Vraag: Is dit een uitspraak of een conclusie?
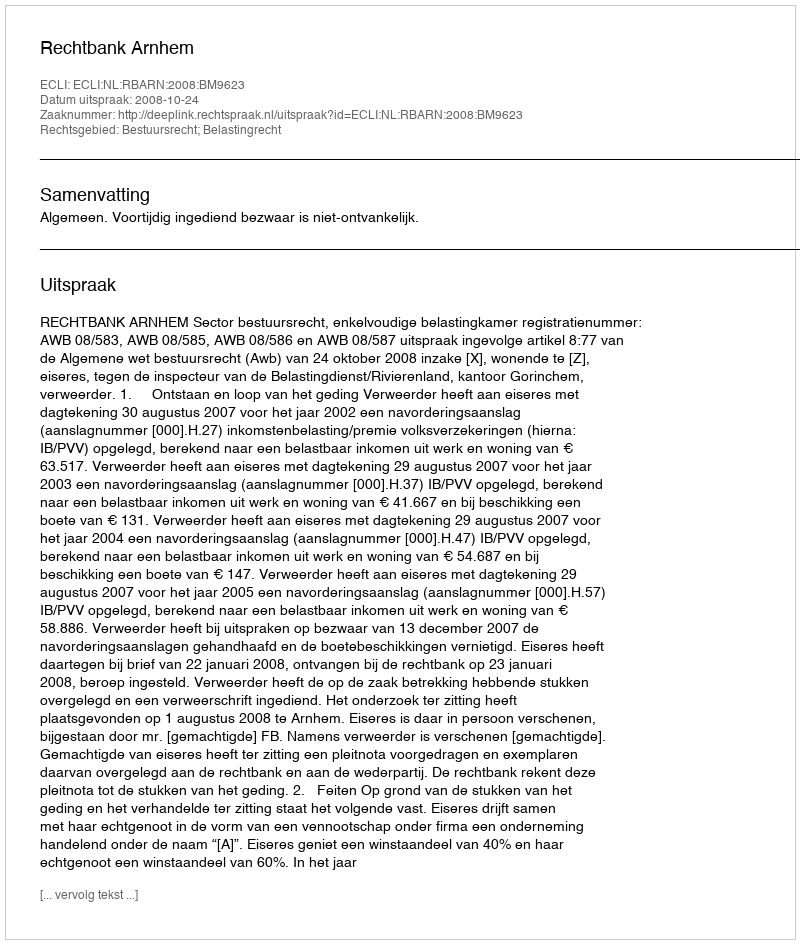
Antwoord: Uitspraak